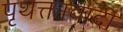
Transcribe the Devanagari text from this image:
पृथक्तावादी